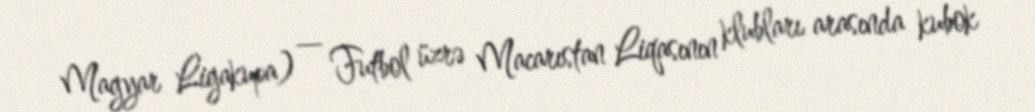
Magyar Ligakupa) — Futbol üzrə Macarıstan Liqasının klubları arasında kubok